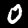
Label: 0